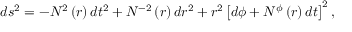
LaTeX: d s ^ { 2 } = - N ^ { 2 } \left( r \right) d t ^ { 2 } + N ^ { - 2 } \left( r \right) d r ^ { 2 } + r ^ { 2 } \left[ d \phi + N ^ { \phi } \left( r \right) d t \right] ^ { 2 } ,